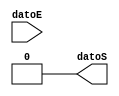
module shiftleft (
    input datoE,
    output datoS,
);

assign datoS = datoE << 2;

endmodule